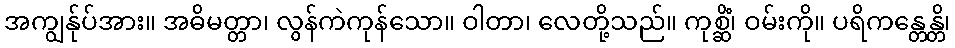
အကျွန်ုပ်အား။ အဓိမတ္တာ၊ လွန်ကဲကုန်သော။ ဝါတာ၊ လေတို့သည်။ ကုစ္ဆိံ၊ ဝမ်းကို။ ပရိကန္တေန္တိ၊